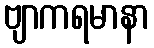
ဗျာကရမာနာ